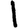
Digit: 1